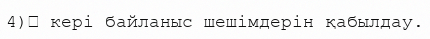
4)	 кері байланыс шешімдерін қабылдау.